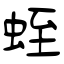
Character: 蛭